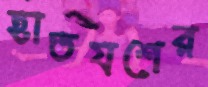
হাতযশের